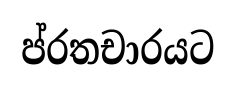
ප්රතචාරයට